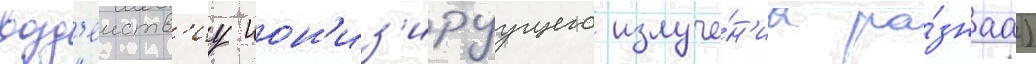
возд'еиств'иу ион'из'ируущего излуче́н'иа ра́знаа)